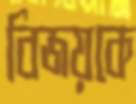
বিজয়কে